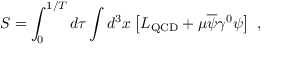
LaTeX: S = \int _ { 0 } ^ { 1 / T } d \tau \int d ^ { 3 } x \left[ { \cal L } _ { \mathrm { Q C D } } + \mu \overline { { { \psi } } } \gamma ^ { 0 } \psi \right] \ ,